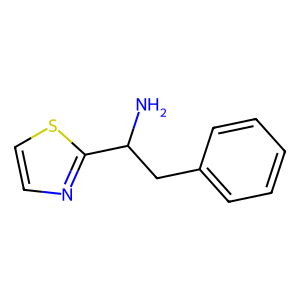
SMILES: NC(Cc1ccccc1)c1nccs1
Inhibits HIV replication: No